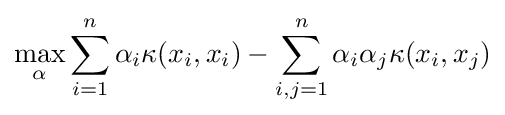
\max _{\alpha }\sum _{i=1}^{n}\alpha _{i}\kappa (x_{i},x_{i})-\sum _{i,j=1}^{n}\alpha _{i}\alpha _{j}\kappa (x_{i},x_{j})